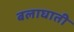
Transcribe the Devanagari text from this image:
बलाघाती